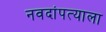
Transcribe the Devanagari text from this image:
नवदांपत्याला